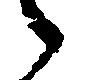
々